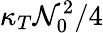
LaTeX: \kappa_{T}\mathcal{N}_{0}^{2}/4